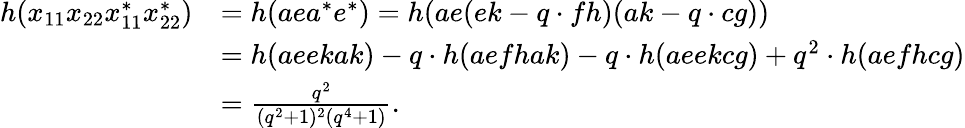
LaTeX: \begin{array}{rl}{h(x_{11}x_{22}x_{11}^{*}x_{22}^{*})}&{=h(aea^{*}e^{*})=h(ae(ek-q\cdot fh)(ak-q\cdot cg))}\\ &{=h(aeekak)-q\cdot h(aefhak)-q\cdot h(aeekcg)+q^{2}\cdot h(aefhcg)}\\ &{=\frac{q^{2}}{(q^{2}+1)^{2}(q^{4}+1)}.}\end{array}